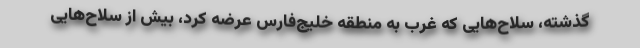
گذشته، سلاح‌هایی که غرب به منطقه خلیج‌فارس عرضه کرد، بیش از سلاح‌هایی